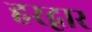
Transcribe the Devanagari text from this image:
हरद्वार